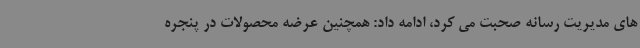
های مدیریت رسانه صحبت می کرد، ادامه داد: همچنین عرضه محصولات در پنجره